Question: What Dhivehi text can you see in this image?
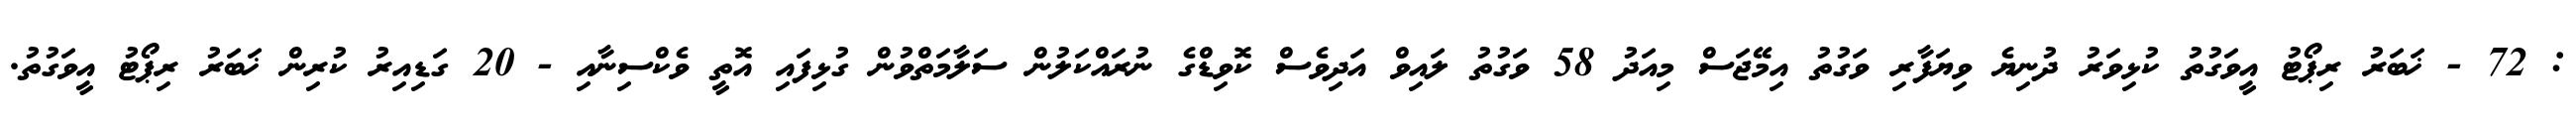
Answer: : 72 - ޚަބަރު ރިޕޯޓު އީވަގުތު ކުޅިވަރު ދުނިޔެ ވިޔަފާރި ވަގުތު އިމޭޖަސް މިއަދު 58 ވަގުތު ލައިވް އަދިވެސް ކޮވިޑްގެ ނުރައްކަލުން ސަލާމަތްވުން ގުޅިފައި އޮތީ ވެކްސިނާއި - 20 ގަޑިއިރު ކުރިން ޚަބަރު ރިޕޯޓު އީވަގުތު.